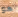
هو